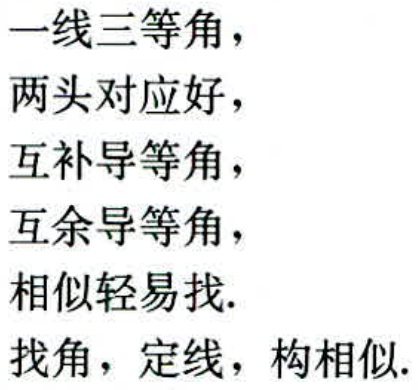
一线三等角，

两头对应好，

互补导等角，

互余导等角，

相似轻易找.

找角，定线，构相似.